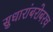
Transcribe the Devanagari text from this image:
सुधारांबरोबरच